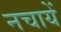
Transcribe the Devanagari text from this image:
नचायें